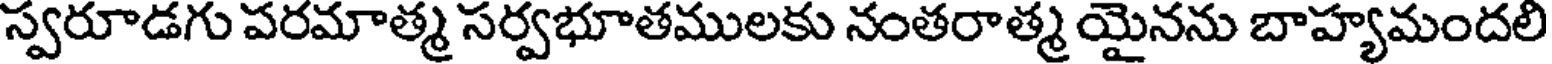
స్వరూడగు పరమాత్మ సర్వభూతములకు నంతరాత్మ యైనను బాహ్యమందలి